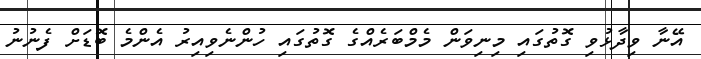
އޭނާ ވިދާޅުވި ގޮތުގައި މިނިވަން މެމްބަރެއްގެ ގޮތުގައި ހުންނެވިއިރު އެންމެ ބޮޑަށް ފެނުނު